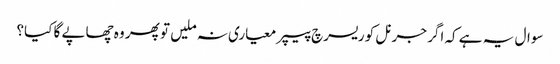
سوال یہ ہے کہ اگر جرنل کو ریسرچ پیپر معیاری نہ ملیں تو پھر وہ چھاپے گا کیا؟